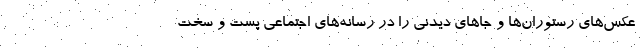
عکس‌های رستوران‌ها و جاهای دیدنی را در رسانه‌های اجتماعی پست و سخت